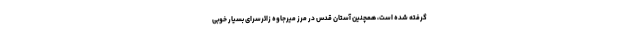
گرفته شده است، همچنین آستان قدس در مرز میرجاوه زائرسرای بسیار خوبی